Vaccination in Bombay 1869-1873 - 1869-1873
Year: 1869
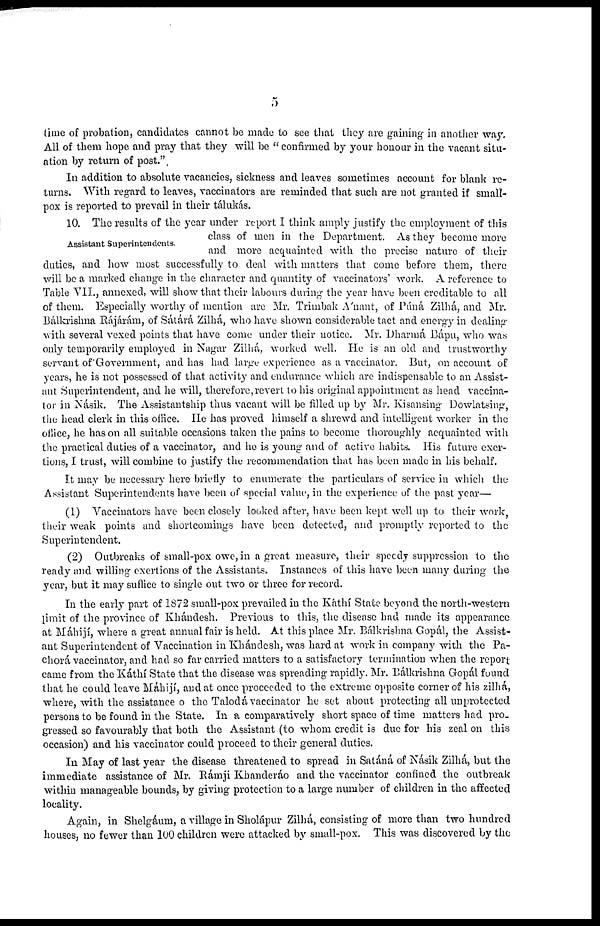
5
time of probation, candidates cannot be made to see that they are framing in another way.
All of them hope and pray that they will be " confirmed by your honour in the vacant situ-
ation by return of post."
In addition to absolute vacancies, sickness and leaves sometimes account for blank re-
turns. With regard to leaves, vaccinators are reminded that such are not granted if small-
pox is reported to prevail in their tálukás.
Assistant Superintendents.
10. The results of the year under report I think amply justify the employment of this
class of men in the Department. As they become more
and more acquainted with the precise nature of their
duties, and how most successfully to deal with matters that come before them, there
will be a marked change in the character and quantity of vaccinators' work. A reference to
Table VII, annexed, will show that their labours during the year have been creditable to all
of them. Especially worthy of mention are Mr. Trimbak A'nant, of Púná Zilhá, and Mr.
Bálkrishna Rájárám, of Sátárá Zilhá, who have shown considerable tact and energy in dealing
with several vexed points that have come under their notice. Mr. Dharmá Bápu, who was
only temporarily employed in Nagar Zilhá, worked well. He is an old and trustworthy
servant of Government, and has had large experience as a vaccinator. But, on account of
years, he is not possessed of that activity and endurance which are indispensable to an Assist-
ant Superintendent, and he will, therefore, revert to his original appointment as head vaccina-
tor in Násik. The Assistantship thus vacant will be filled up by Mr. Kisansing Dowlatsing,
the head clerk in this office. He has proved himself a shrewd and intelligent worker in the
office, he has on all suitable occasions taken the pains to become thoroughly acquainted with
the practical duties of a vaccinator, and he is young and of active habits. His future exer-
tions, I trust, will combine to justify the recommendation that has been made in his behalf.
It may be necessary here briefly to enumerate the particulars of service in which the
Assistant Superintendents have been of special value, in the experience of the past year—
(1) Vaccinators have been closely looked after, have been kept well up to their work,
their weak points and shortcomings have been detected, and promptly reported to the
Superintendent.
(2) Outbreaks of small-pox owe, in a great measure, their speedy suppression to the
ready and willing exertions of the Assistants. Instances of this have been many during the
year, but it may suflice to single out two or three for record.
In the early part of 1872 small-pox prevailed in the Káthí State beyond the north-western
limit of the province of Khándesh. Previous to this, the disease had made its appearance
at Máhijí, where a great annual fair is held. At this place Mr. Bálkrishna Gopál, the Assist-
ant Superintendent of Vaccination in Khándesh, was hard at work in company with the Pa-
chorá vaccinator, and had so far carried matters to a satisfactory termination when the report
came from the Káthí State that the disease was spreading rapidly. Mr. Bálkrishna Gopál found
that he could leave Máhijí, and at once proceeded to the extreme opposite corner of his zilhá,
where, with the assistance o the Talodá vaccinator he set about protecting all unprotected
persons to be found in the State. In a comparatively short space of time matters had pro-
gressed so favourably that both the Assistant (to whom credit is due for his zeal on this
occasion) and his vaccinator could proceed to their general duties.
In May of last year the disease threatened to spread in Satáná of Násik Zilhá, but the
immediate assistance of Mr. Rámji Khanderáo and the vaccinator confined the outbreak
within manageable bounds, by giving protection to a large number of children in the affected
locality.
Again, in Shelgáum, a village in Sholápur Zilhá, consisting of more than two hundred
houses, no fewer than 100 children were attacked by small-pox. This was discovered by the